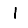
Digit: 1